Civil Veterinary Dept. Bombay admin report 1914-1922 - 1914-1922
Year: 1914
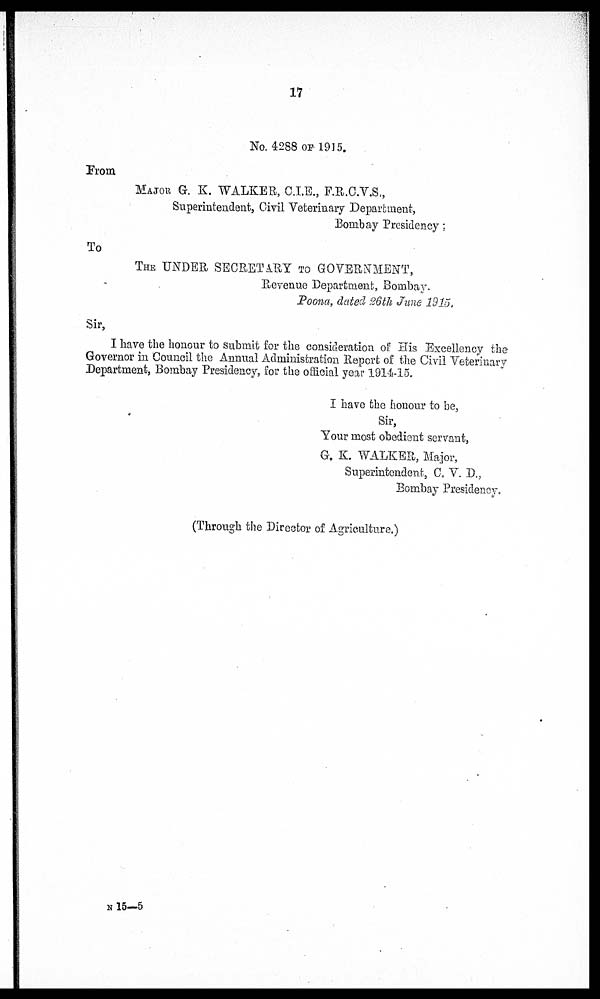
17
No. 4288 OF 1915.
From
MAJOR G. K. WALKER, C.I.E., F.R.C.V.S.,
Superintendent, Civil Veterinary Department,
Bombay Presidency
To
THE UNDER SECRETARY TO GOVERNMENT,
Revenue Department, Bombay.
Poona, dated 26th June 1915.
Sir,
I have the honour to submit for the consideration of His Excellency the
Governor in Council the Annual Administration Report of the Civil Veterinary
Department, Bombay Presidency, for the official year 1914-15.
I have the honour to be,
Sir,
Your most obedient servant,
G. K. WALKER, Major,
Superintendent, C. V. D.,
Bombay Presidency.
(Through the Director of Agriculture.)
N 15—5